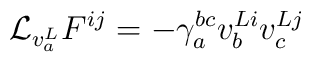
{\mathcal L}_{v^L_a}F^{ij}=-\gamma_a^{bc}v^{Li}_bv^{Lj}_c